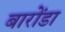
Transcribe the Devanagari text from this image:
बारोंडा